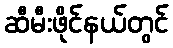
ဆီမီးဖိုင်နယ်တွင်